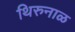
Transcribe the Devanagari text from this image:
थिरुनाळ